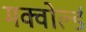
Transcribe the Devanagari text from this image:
मक्वोर्ल्ड